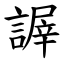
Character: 謘